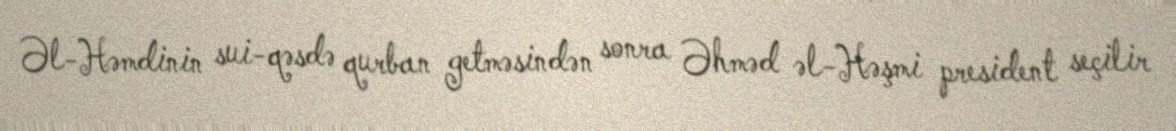
Əl-Həmdinin sui-qəsdə qurban getməsindən sonra Əhməd əl-Həşmi president seçilir